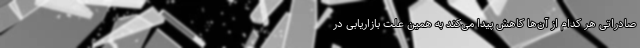
صادراتی هر کدام از آن‌ها کاهش پیدا می‌کند به همین علت بازاریابی در